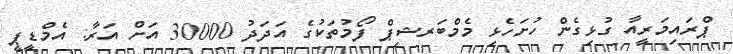
ޕްރައިމަރީއާ ގުޅިގެން ހުށަހެޅި މެމްބަރޝިޕް ފޯމުތަކުގެ އަދަދު 30000 އަށް އަރާ: އެމްޑީޕީ